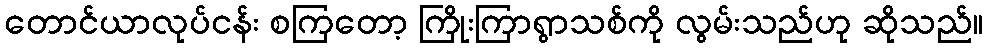
တောင်ယာလုပ်ငန်း စကြတော့ ကြိုးကြာရွာသစ်ကို လွမ်းသည်ဟု ဆိုသည်။